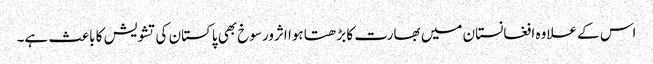
اس کے علاوہ افغانستان میں بھارت کا بڑھتا ہوا اثرورسوخ بھی پاکستان کی تشویش کا باعث ہے۔